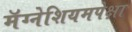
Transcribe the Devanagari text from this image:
मॅग्नेशियमपेक्षा